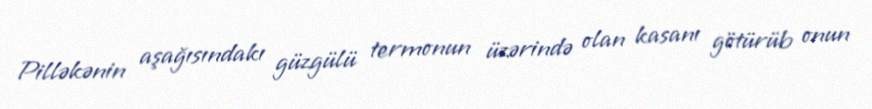
Pilləkənin aşağısındakı güzgülü termonun üzərində olan kasanı götürüb onun